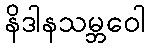
နိဒါနသမ္ဘဝေါ